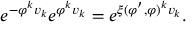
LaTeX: e ^ { - \varphi ^ { k } v _ { k } } e ^ { \varphi ^ { k } v _ { k } } = e ^ { \xi ( \varphi ^ { \prime } , \varphi ) ^ { k } v _ { k } } .